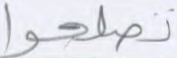
تصلحوا